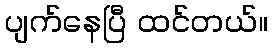
ပျက်နေပြီ ထင်တယ်။